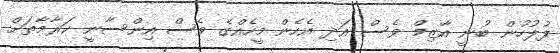
ފުލުހުން ބުނީ އާޒިމް ވެސް އަދި އެހެން މީހެއްގެ ވެސް އިންސާނީ ކަރާމާތަށް